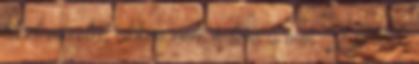
lehet vezetni, akkor nem értem a min. 2 pilótát,